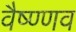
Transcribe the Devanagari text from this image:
वैष्ण्णव